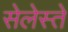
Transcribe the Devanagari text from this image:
सेलेस्ते